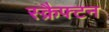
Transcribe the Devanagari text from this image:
स्क्रैफ्टन